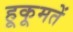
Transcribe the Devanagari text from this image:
हूकूमतें